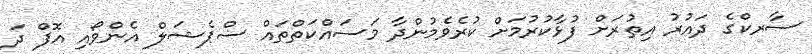
ސާރކްގެ ދައުރު އިތުރަށް ފުޅާކުރުމަށް ކުރެވެމުންދާ މަސައްކަތްތައް ސްޕެޝަލް އެންވޯއި އޮފް ދަ